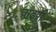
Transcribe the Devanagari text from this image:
वाढपी